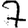
Digit: 7